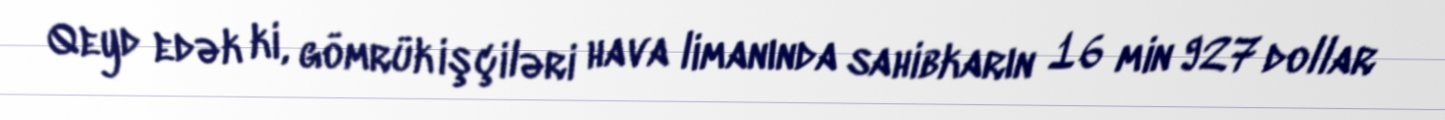
Qeyd edək ki, gömrük işçiləri hava limanında sahibkarın 16 min 927 dollar